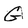
Character: G